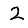
Digit: 2